system: You are a helpful assistant.
user:
Analyze the provided spectrum to determine if it is a **S-type Star**.

- **Key Indicators for S-type Star:**

    - **(Overall Spectrum Shape):** The first and most obvious characteristic is the overall continuum (the "baseline" shape). It is **extremely "red-sloping,"** meaning the flux (light intensity) is very low on the left side (blue, ~4000-4500 Å) and rises steeply and continuously toward the right side (red, ~7000 Å+).

    - **(Primary):** The spectrum is defined by the presence of strong, broad molecular absorption "valleys" (bands) from **Zirconium Oxide (ZrO)**. The identification of these bands is the **primary requirement** for classifying a star as S-type.
        - **(Key Bandheads):** You must find distinct, deep "dips" where the light has been absorbed. The most critical band systems to locate are:
            - **~6474 Å** ($\gamma$-system): This is often the strongest and clearest ZrO feature, found in the red part of the spectrum.
            - **~5718 Å** & **~5551 Å** ($\beta$-system): A pair of prominent absorption features in the yellow-orange part of the spectrum.
            - **~4640 Å** ($\alpha$-system): A key absorption band system in the blue-green region of the spectrum.

    - **(Secondary Confirmation):** The classification is strengthened by finding additional absorption bands from other related heavy element oxides, which are expected to be present alongside ZrO.
        - **(Key Bandheads):**
            - **Yttrium Oxide (YO):** Look for absorption dips near **~4800 Å** and **~6100 Å**.
            - **Lanthanum Oxide (LaO):** Additional absorption features, particularly in the red-orange part of the spectrum, are also characteristic.

    - **(Line Profile):** The combination of the steep red continuum and these numerous, deep molecular bands (ZrO, YO, etc.) gives the entire spectrum a very **"chopped-up"** or **"bumpy"** appearance. Instead of a smooth curve, the spectrum looks as though large, wide chunks of light have been "carved out" of it at the specific wavelengths listed above.

Think first, call **spectral_visualization_tool** if needed to examine features in detail, then provide your final answer. Your response must adhere to the following strict rules:
1.  **Overall Structure:** Your response must follow the format `<think>...</think> <tool_call>...</tool_call> (if a tool is used) <answer>...</answer>`.
2.  **Tool Usage Constraint:** You may only make **one** tool call per turn.
3.  **Final Answer Format:** In the `<answer>` tag, your conclusion must be inside a `\boxed{}` command (e.g., `\boxed{YES}` or `\boxed{NO}`), followed by your justification.

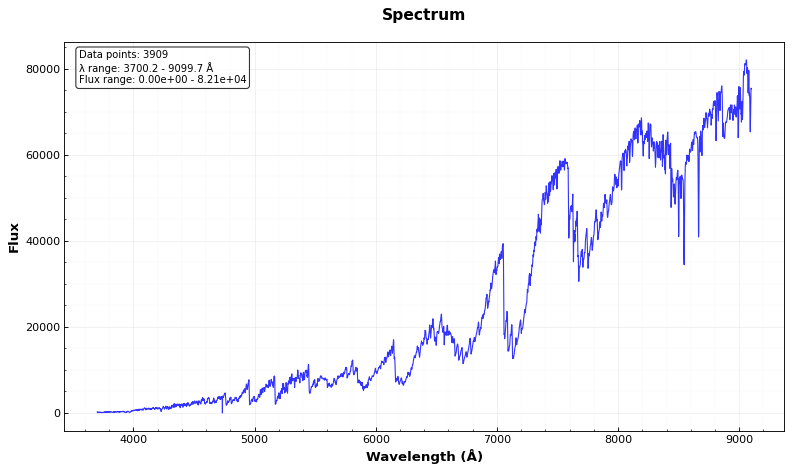
Answer: YES